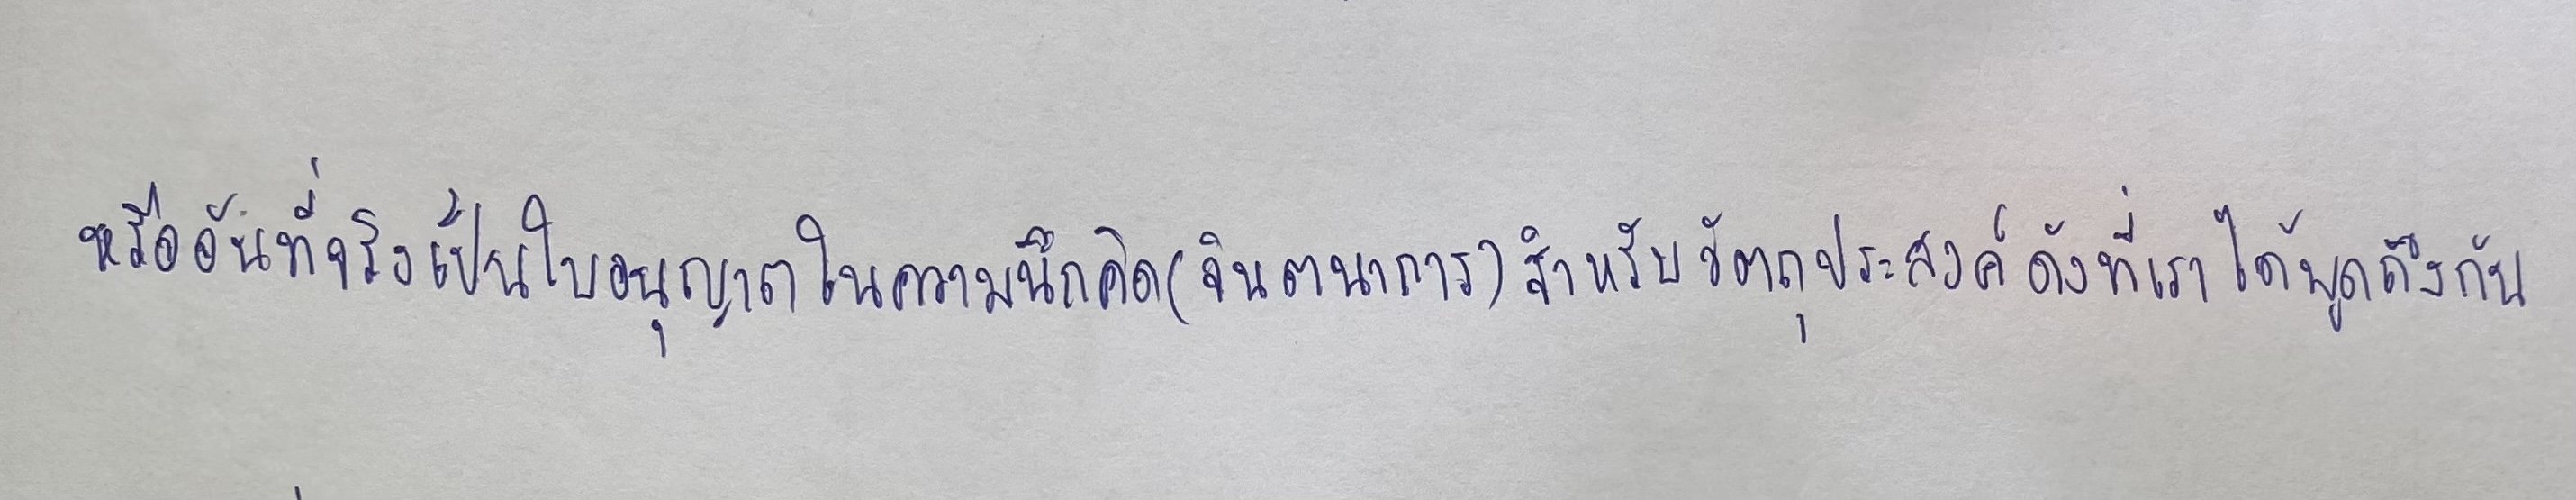
หรืออันที่จริงเป็นใบอนุญาตในความนึกคิด(จินตนาการ)สำหรับวัตถุประสงค์ดังที่เราได้พูดถึงกัน